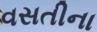
વસતીના